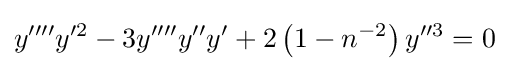
y^{\prime \prime \prime \prime }y^{\prime 2}-3y^{\prime \prime \prime \prime }y^{\prime \prime }y^{\prime }+2\left(1-n^{-2}\right)y^{\prime \prime 3}=0